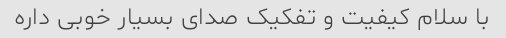
با سلام کیفیت و تفکیک صدای بسیار خوبی داره